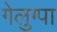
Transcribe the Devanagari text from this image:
गेलुग्पा